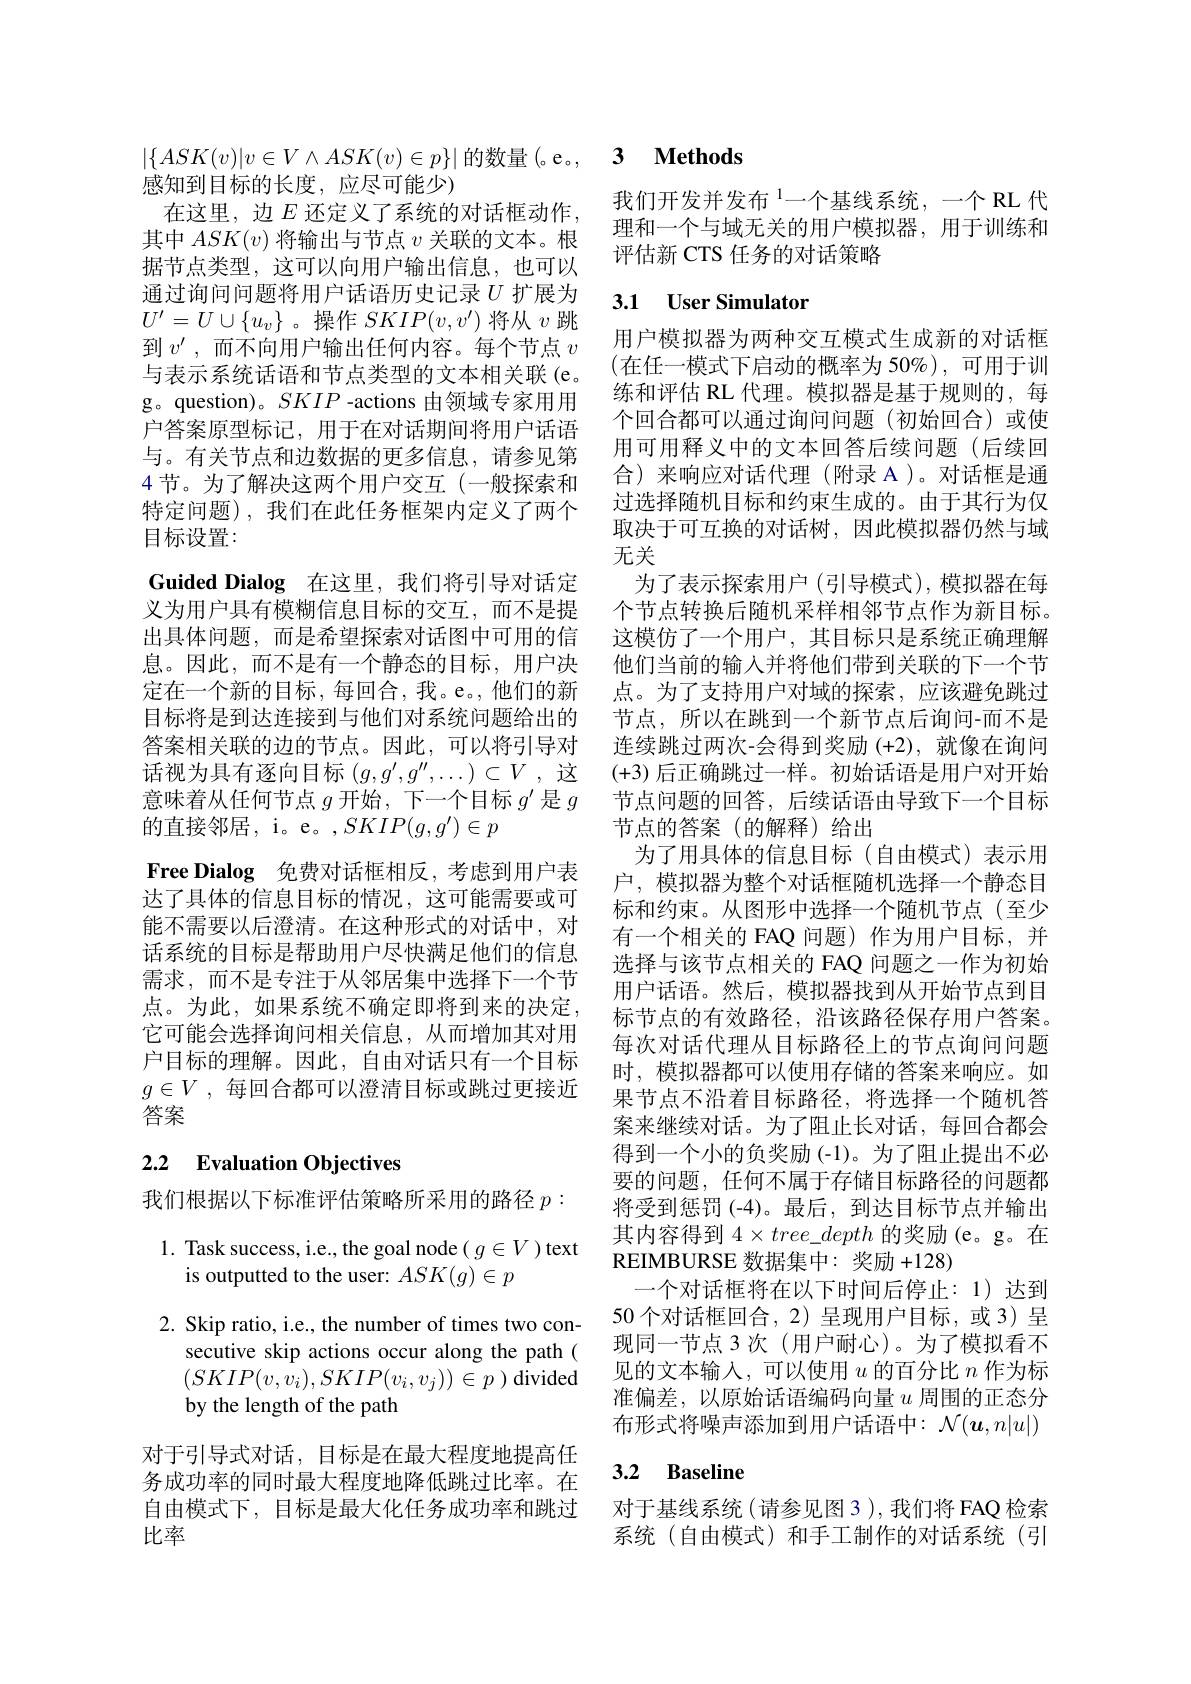
感知到目标的长度，应尽可能少)
在这里，边$E$ 还定义了系统的对话框动作， 其中$ASK(v)$将输出与节点$v$关联的文本。根据节点类型，这可以向用户输出信息，也可以通过询问问题将用户话语历史记录$U$扩展为$U'=U\cup\{u_v\}$。操作$SKIP(v,v')$将从$v$跳到$v^\prime$,而不向用户输出任何内容。每个节点 $v$ 与表示系统话语和节点类型的文本相关联(e。g。question)。$SKIP$ -actions 由领域专家用用户答案原型标记，用于在对话期间将用户话语与。有关节点和边数据的更多信息，请参见第4节。为了解决这两个用户交互(一般探索和特定问题),我们在此任务框架内定义了两个目标设置：
Guided Dialog 在这里，我们将引导对话定义为用户具有模糊信息目标的交互，而不是提出具体问题，而是希望探索对话图中可用的信息。因此，而不是有一个静态的目标，用户决定在一个新的目标，每回合，我。e。他们的新目标将是到达连接到与他们对系统问题给出的答案相关联的边的节点。因此，可以将引导对话视为具有逐向目标$(g,g^\prime,g^{\prime\prime},\ldots)\subset V$ ,这意味着从任何节点$g$开始，下一个目标$g^\prime$是$g$ 的直接邻居，i。e。$,SKIP(g,g^{\prime})\in p$
Free Dialog 免费对话框相反，考虑到用户表达了具体的信息目标的情况，这可能需要或可能不需要以后澄清。在这种形式的对话中，对话系统的目标是帮助用户尽快满足他们的信息需求，而不是专注于从邻居集中选择下一个节点。为此，如果系统不确定即将到来的决定， 它可能会选择询问相关信息，从而增加其对用户目标的理解。因此，自由对话只有一个目标$g\in V$ ,每回合都可以澄清目标或跳过更接近答案

## 2.2 Evaluation Objectives

我们根据以下标准评估策略所采用的路径$p:$

1. Task success, i.e., the goal node( $g\in V)$ text
is outputted to the user: $ASK(g)\in p$
2. Skip ratio, i.e., the number of times two con-
secutive skip actions occur along the path ( $(SKIP(v,v_i),SKIP(v_i,v_j))\in p$ ) divided by the length of the path
对于引导式对话，目标是在最大程度地提高任务成功率的同时最大程度地降低跳过比率。在自由模式下，目标是最大化任务成功率和跳过

比率

# $|\{ASK(v)|v\in V\wedge ASK(v)\in p\}|$的数量(。e。, 3 Methods

我们开发并发布$^{1}$一个基线系统，一个 RL 代理和一个与域无关的用户模拟器，用于训练和评估新 CTS 任务的对话策略

### 3.1 $\textbf{User Simulator}$

用户模拟器为两种交互模式生成新的对话框(在任一模式下启动的概率为 50%),可用于训练和评估 RL 代理。模拟器是基于规则的，每个回合都可以通过询问问题(初始回合)或使用可用释义中的文本回答后续问题(后续回合)来响应对话代理(附录 A)。对话框是通过选择随机目标和约束生成的。由于其行为仅取决于可互换的对话树，因此模拟器仍然与域无关
为了表示探索用户 (引导模式),模拟器在每个节点转换后随机采样相邻节点作为新目标。这模仿了一个用户，其目标只是系统正确理解他们当前的输入并将他们带到关联的下一个节点。为了支持用户对域的探索，应该避免跳过节点，所以在跳到一个新节点后询问-而不是连续跳过两次-会得到奖励 (+2),就像在询问(+3)后正确跳过一样。初始话语是用户对开始节点问题的回答，后续话语由导致下一个目标节点的答案(的解释)给出
为了用具体的信息目标(自由模式)表示用户，模拟器为整个对话框随机选择一个静态目标和约束。从图形中选择一个随机节点(至少有一个相关的 FAQ 问题) 作为用户目标，并选择与该节点相关的 FAQ 问题之一作为初始用户话语。然后，模拟器找到从开始节点到目标节点的有效路径，沿该路径保存用户答案。每次对话代理从目标路径上的节点询问问题时，模拟器都可以使用存储的答案来响应。如果节点不沿着目标路径，将选择一个随机答案来继续对话。为了阻止长对话，每回合都会得到一个小的负奖励 (-1)。为了阻止提出不必要的问题，任何不属于存储目标路径的问题都将受到惩罚(-4)。最后，到达目标节点并输出其内容得到$4\times tree\_depth$的奖励(e。g。在REIMBURSE 数据集中：奖励+128)
一个对话框将在以下时间后停止：1)达到50个对话框回合，2)呈现用户目标，或3)呈现同一节点 3 次(用户耐心)。为了模拟看不见的文本输入，可以使用$u$的百分比$n$作为标准偏差，以原始话语编码向量$u$周围的正态分布形式将噪声添加到用户话语中：$\mathcal{N}(\boldsymbol{u},n|u|)$

### 3.2 Baseline

对于基线系统(请参见图3 ),我们将 FAQ 检索系统(自由模式)和手工制作的对话系统(引